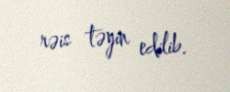
rəis təyin edilib.